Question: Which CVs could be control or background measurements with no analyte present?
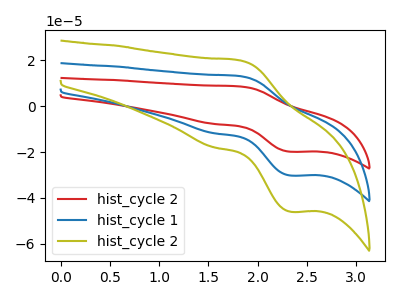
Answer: <think>The red curve "hist_cycle 2" has an anodic peak at (1.80V, 26.40uA) and a cathodic peak at (2.35V, -60.45uA). The blue curve "hist_cycle 1" has an anodic peak at (1.80V, 13.20uA) and a cathodic peak at (2.35V, -30.25uA). The olive curve "hist_cycle 2" has an anodic peak at (1.80V, 20.10uA) and a cathodic peak at (2.35V, -46.05uA).</think>
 <answer>There are not any CV's on this graph that are likely to be blanks.</answer>
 <eval>none</eval>